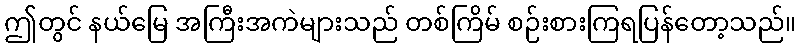
ဤတွင် နယ်မြေ အကြီးအကဲများသည် တစ်ကြိမ် စဉ်းစားကြရပြန်တော့သည်။